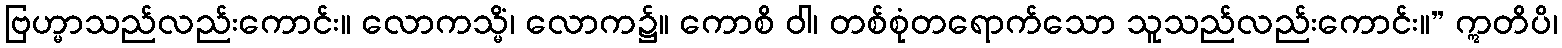
ဗြဟ္မာသည်လည်းကောင်း။ လောကသ္မိံ၊ လောက၌။ ကောစိ ဝါ၊ တစ်စုံတရောက်သော သူသည်လည်းကောင်း။” ဣတိပိ၊